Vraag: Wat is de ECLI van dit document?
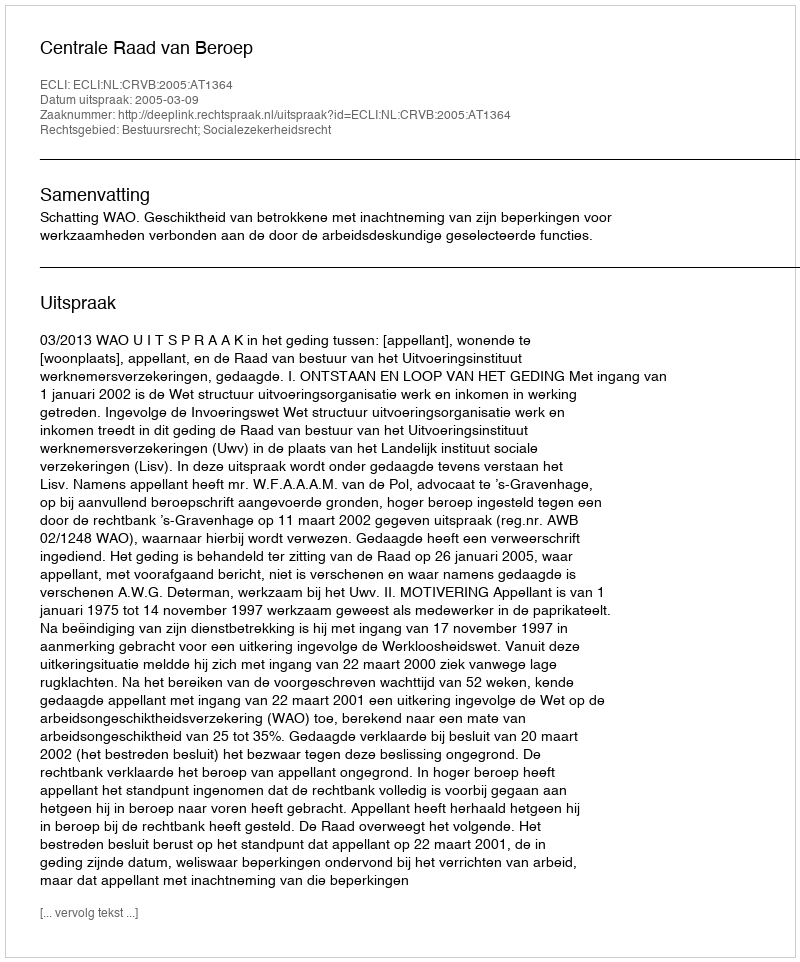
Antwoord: ECLI:NL:CRVB:2005:AT1364